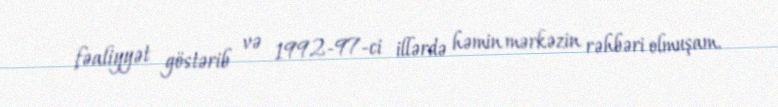
fəaliyyət göstərib və 1992-97-ci illərdə həmin mərkəzin rəhbəri olmuşam.